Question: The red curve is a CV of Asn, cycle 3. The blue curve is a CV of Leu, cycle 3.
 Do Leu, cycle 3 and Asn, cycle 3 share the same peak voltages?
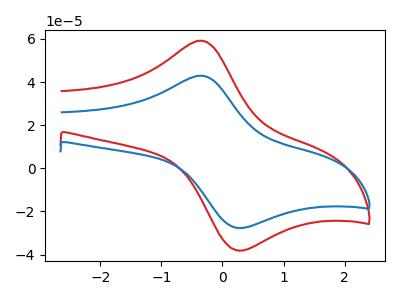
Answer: <think>The red curve "Asn, cycle 3" has an anodic peak at (-0.35V, 59.20uA) and a cathodic peak at (0.20V, -38.00uA). The blue curve "Leu, cycle 3" has an anodic peak at (-0.35V, 42.95uA) and a cathodic peak at (0.20V, -27.60uA).</think>
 <answer>Yes, "Leu, cycle 3" have a peak in "Asn, cycle 3" at the same potential.</answer>
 <eval>match</eval>